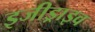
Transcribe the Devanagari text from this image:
इजीड्राइव